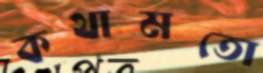
কথামতো